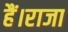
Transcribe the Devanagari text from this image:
हैं।राजा